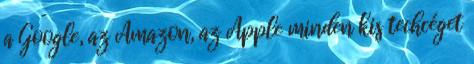
a Google, az Amazon, az Apple minden kis techcéget